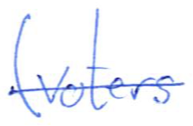
Text: (voters
Cross-out: single-line
Writing tool: ballpoint